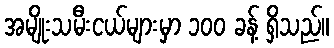
အမျိုးသမီးငယ်များမှာ ၁၀၀ ခန့် ရှိသည်။